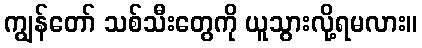
ကျွန်တော် သစ်သီးတွေကို ယူသွားလို့ရမလား။